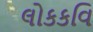
લોકકવિ